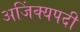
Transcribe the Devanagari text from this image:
अजिंक्यपदी